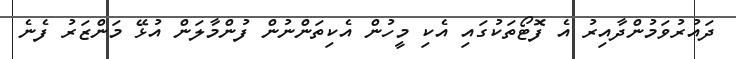
ދައުރުވަމުންދާއިރު އެ ފޮޓޯތަކުގައި އެކި މީހުން އެކިތަންނުން ފުންމާލަން އުޅޭ މަންޒަރު ފެނެ